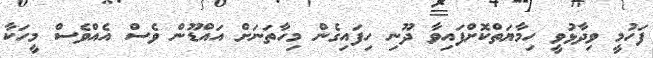
ފަހުމީ ވިދާޅުވީ ހިމާޔަތްކޮށްފައިވާ ދޫނި ހިފައިގެން މިހާތަނަށް އައްޑޫން ވެސް އެއްވެސް މީހަކާ